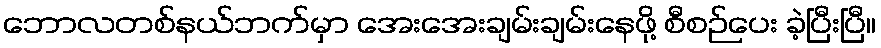
ဘောလတစ်နယ်ဘက်မှာ အေးအေးချမ်းချမ်းနေဖို့ စီစဉ်ပေး ခဲ့ပြီးပြီ။